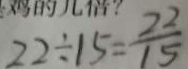
2 2 \div 1 5 = \frac { 2 2 } { 1 5 }